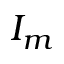
I _ { m }